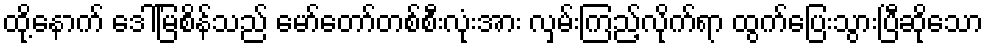
ထို့နောက် ဒေါ်မြစိန်သည် မော်တော်တစ်စီးလုံးအား လှမ်းကြည့်လိုက်ရာ ထွက်ပြေးသွားပြီဆိုသော